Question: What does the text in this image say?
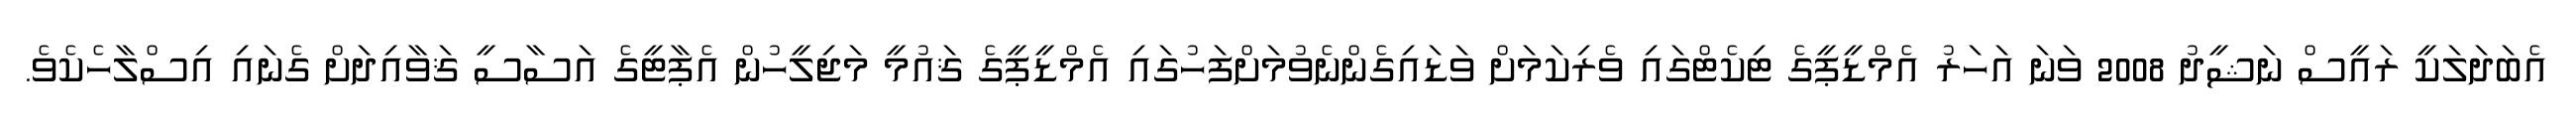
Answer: އެބަދަލަކީ ރައީސް ނަޝީދު 2008 ވަނަ އަހަރު އެމްޑީޕީގެ ޓިކެޓްގައި ވެރިކަމަށް ވަޑައިގެންނެވުމަށްފަހުގައި އެމްޑީޕީގެ ޤައުމީ މަޖިލީހުން އެޕާޓީގެ އަސާސީ ޤަވާއިދަށް ގެނައި އިސްލާހެކެވެ.